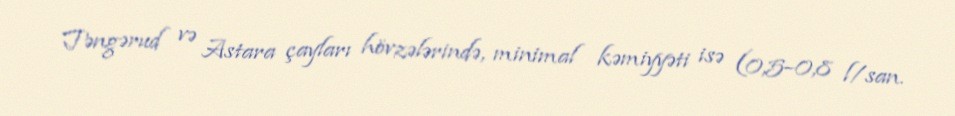
Təngərud və Astara çayları hövzələrində, minimal kəmiyyəti isə (0,5–0,8 l/san.